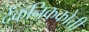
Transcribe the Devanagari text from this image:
देंकनिककोत्ती